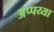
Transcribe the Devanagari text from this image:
अप्पय्या